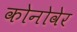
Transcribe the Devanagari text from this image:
कोनोवेर